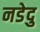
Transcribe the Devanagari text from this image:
नडेदु